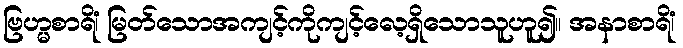
ဗြဟ္မစာရိံ၊ မြတ်သောအကျင့်ကိုကျင့်လေ့ရှိသောသူဟူ၍။ အနာစာရိံ၊